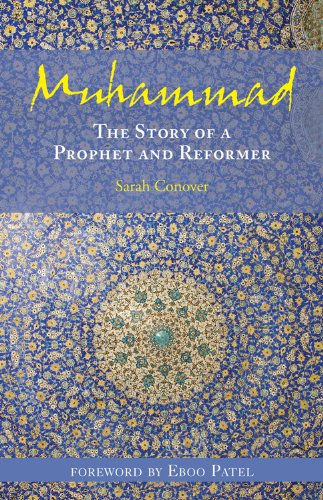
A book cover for Muhammad: The Story of a Prophet and Reformer; Sarah Conover; Religion & Spirituality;